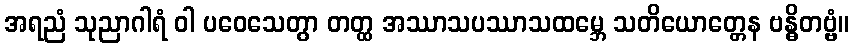
အရညံ သုညာဂါရံ ဝါ ပဝေသေတွာ တတ္ထ အဿာသပဿာသထမ္ဘေ သတိယောတ္တေန ဗန္ဓိတဗ္ဗံ။